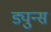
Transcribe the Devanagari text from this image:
ड्युन्स